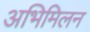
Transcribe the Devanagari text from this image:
अभिमिलन